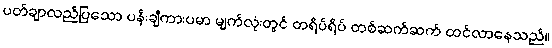
ပတ်ချာလည်ပြသော ပန်းချီကားပမာ မျက်လုံးတွင် တရိပ်ရိပ် တစ်ဆက်ဆက် ထင်လာနေသည်။